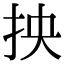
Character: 抰